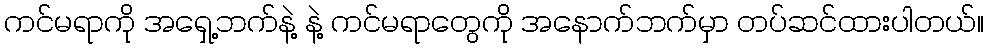
ကင်မရာကို အရှေ့ဘက်နဲ့ နဲ့ ကင်မရာတွေကို အနောက်ဘက်မှာ တပ်ဆင်ထားပါတယ်။